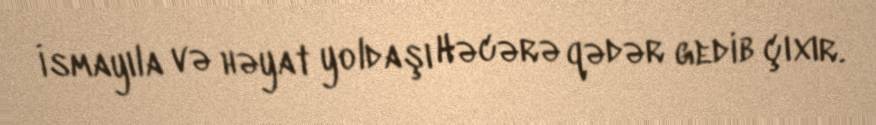
İsmayıla və həyat yoldaşı Həcərə qədər gedib çıxır.